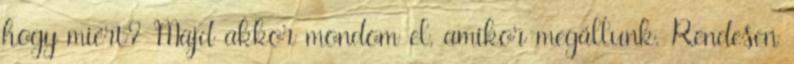
hogy miért? Majd akkor mondom el, amikor megállunk. Rendesen